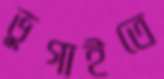
ভুগাইতে